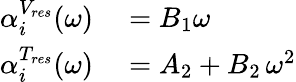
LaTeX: \begin{array}{rl}{\alpha_{i}^{V_{res}}(\omega)}&{{}=B_{1}\omega}\\ {\alpha_{i}^{T_{res}}(\omega)}&{{}=A_{2}+B_{2}\, \omega^{2}}\end{array}